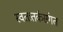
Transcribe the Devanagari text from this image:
स्वतःतर्कसंगत